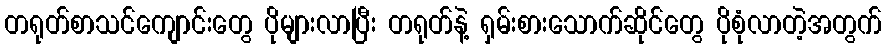
တရုတ်စာသင်ကျောင်းတွေ ပိုများလာပြီး တရုတ်နဲ့ ရှမ်းစားသောက်ဆိုင်တွေ ပိုစုံလာတဲ့အတွက်